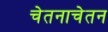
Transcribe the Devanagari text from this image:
चेतनाचेतन